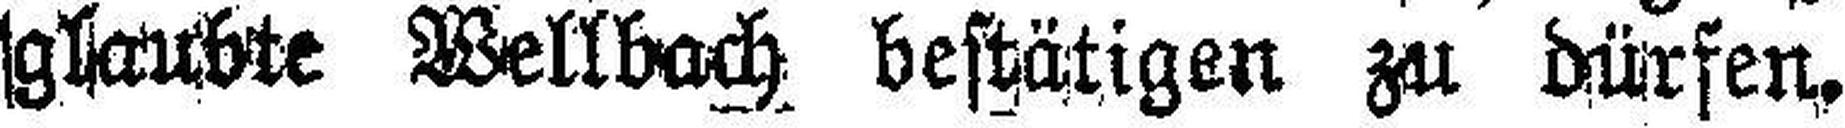
glaubte Wellbach bestätigen zu dürfen.